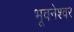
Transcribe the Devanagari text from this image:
भूवनेश्वर